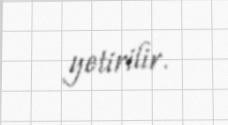
yetirilir.